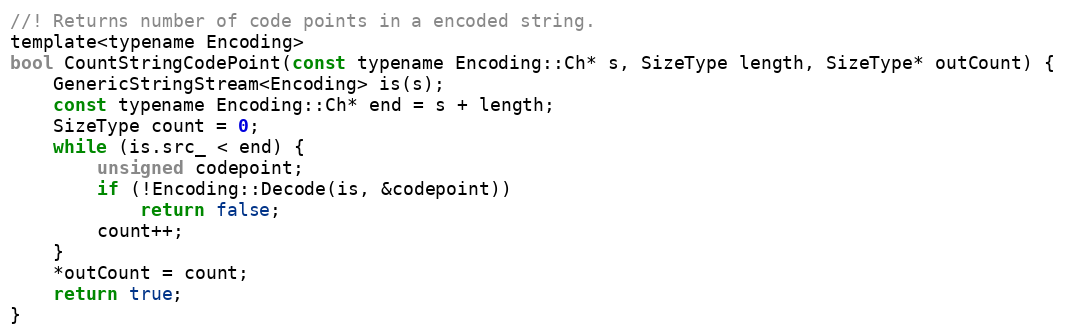
Language: C
//! Returns number of code points in a encoded string.
template<typename Encoding>
bool CountStringCodePoint(const typename Encoding::Ch* s, SizeType length, SizeType* outCount) {
    GenericStringStream<Encoding> is(s);
    const typename Encoding::Ch* end = s + length;
    SizeType count = 0;
    while (is.src_ < end) {
        unsigned codepoint;
        if (!Encoding::Decode(is, &codepoint))
            return false;
        count++;
    }
    *outCount = count;
    return true;
}